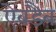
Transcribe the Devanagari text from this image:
ऐबडैब